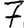
Digit: 7